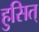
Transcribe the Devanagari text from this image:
हुसित्